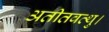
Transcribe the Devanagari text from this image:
अतीतवत्थु।